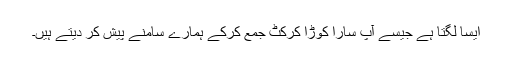
ایسا لگتا ہے جیسے آپ سارا کوڑا کرکٹ جمع کرکے ہمارے سامنے پیش کر دیتے ہیں۔